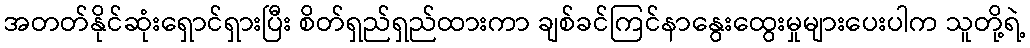
အတတ်နိုင်ဆုံးရှောင်ရှားပြီး စိတ်ရှည်ရှည်ထားကာ ချစ်ခင်ကြင်နာနွေးထွေးမှုများပေးပါက သူတို့ရဲ့